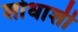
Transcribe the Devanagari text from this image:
शोधाशी